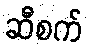
ဆီစက်